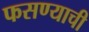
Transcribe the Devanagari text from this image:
फसण्याची